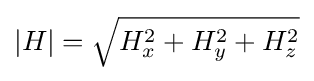
|H|={\sqrt {H_{x}^{2}+H_{y}^{2}+H_{z}^{2}}}